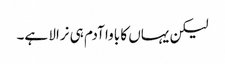
لیکن یہاں کا باوا آدم ہی نرالا ہے۔